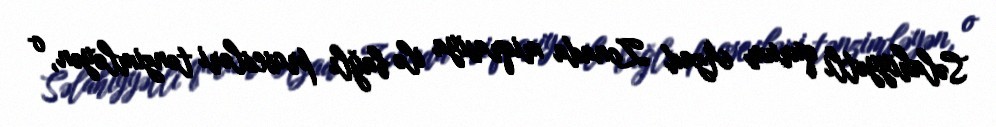
Səlahiyyətli qurum Azad Zonada miqrasiya ilə bağlı prosesləri tənzimləyən, o